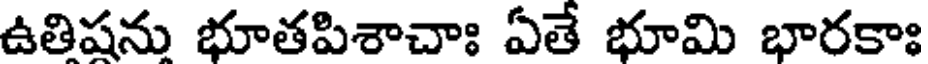
ఉతిషను భూతపిశాచాః ఏతే భూమి భారకాః